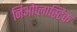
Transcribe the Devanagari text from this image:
निओप्लास्टिक